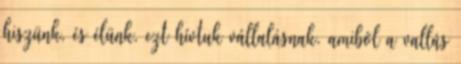
hiszünk, és élünk. ezt hívtuk vállalásnak. amiből a vallás